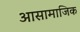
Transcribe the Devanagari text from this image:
आसामाजिक